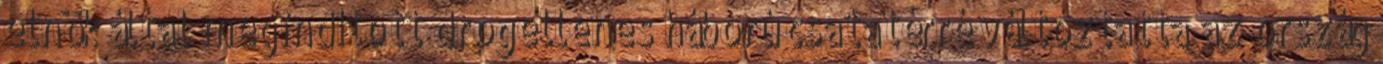
elnök által megindított drogellenes háború csatatérré változtatta az ország